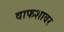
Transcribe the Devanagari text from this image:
वाफशावर